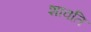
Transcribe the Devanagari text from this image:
शावति